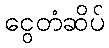
ငွေတံဆိပ်